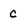
Character: C